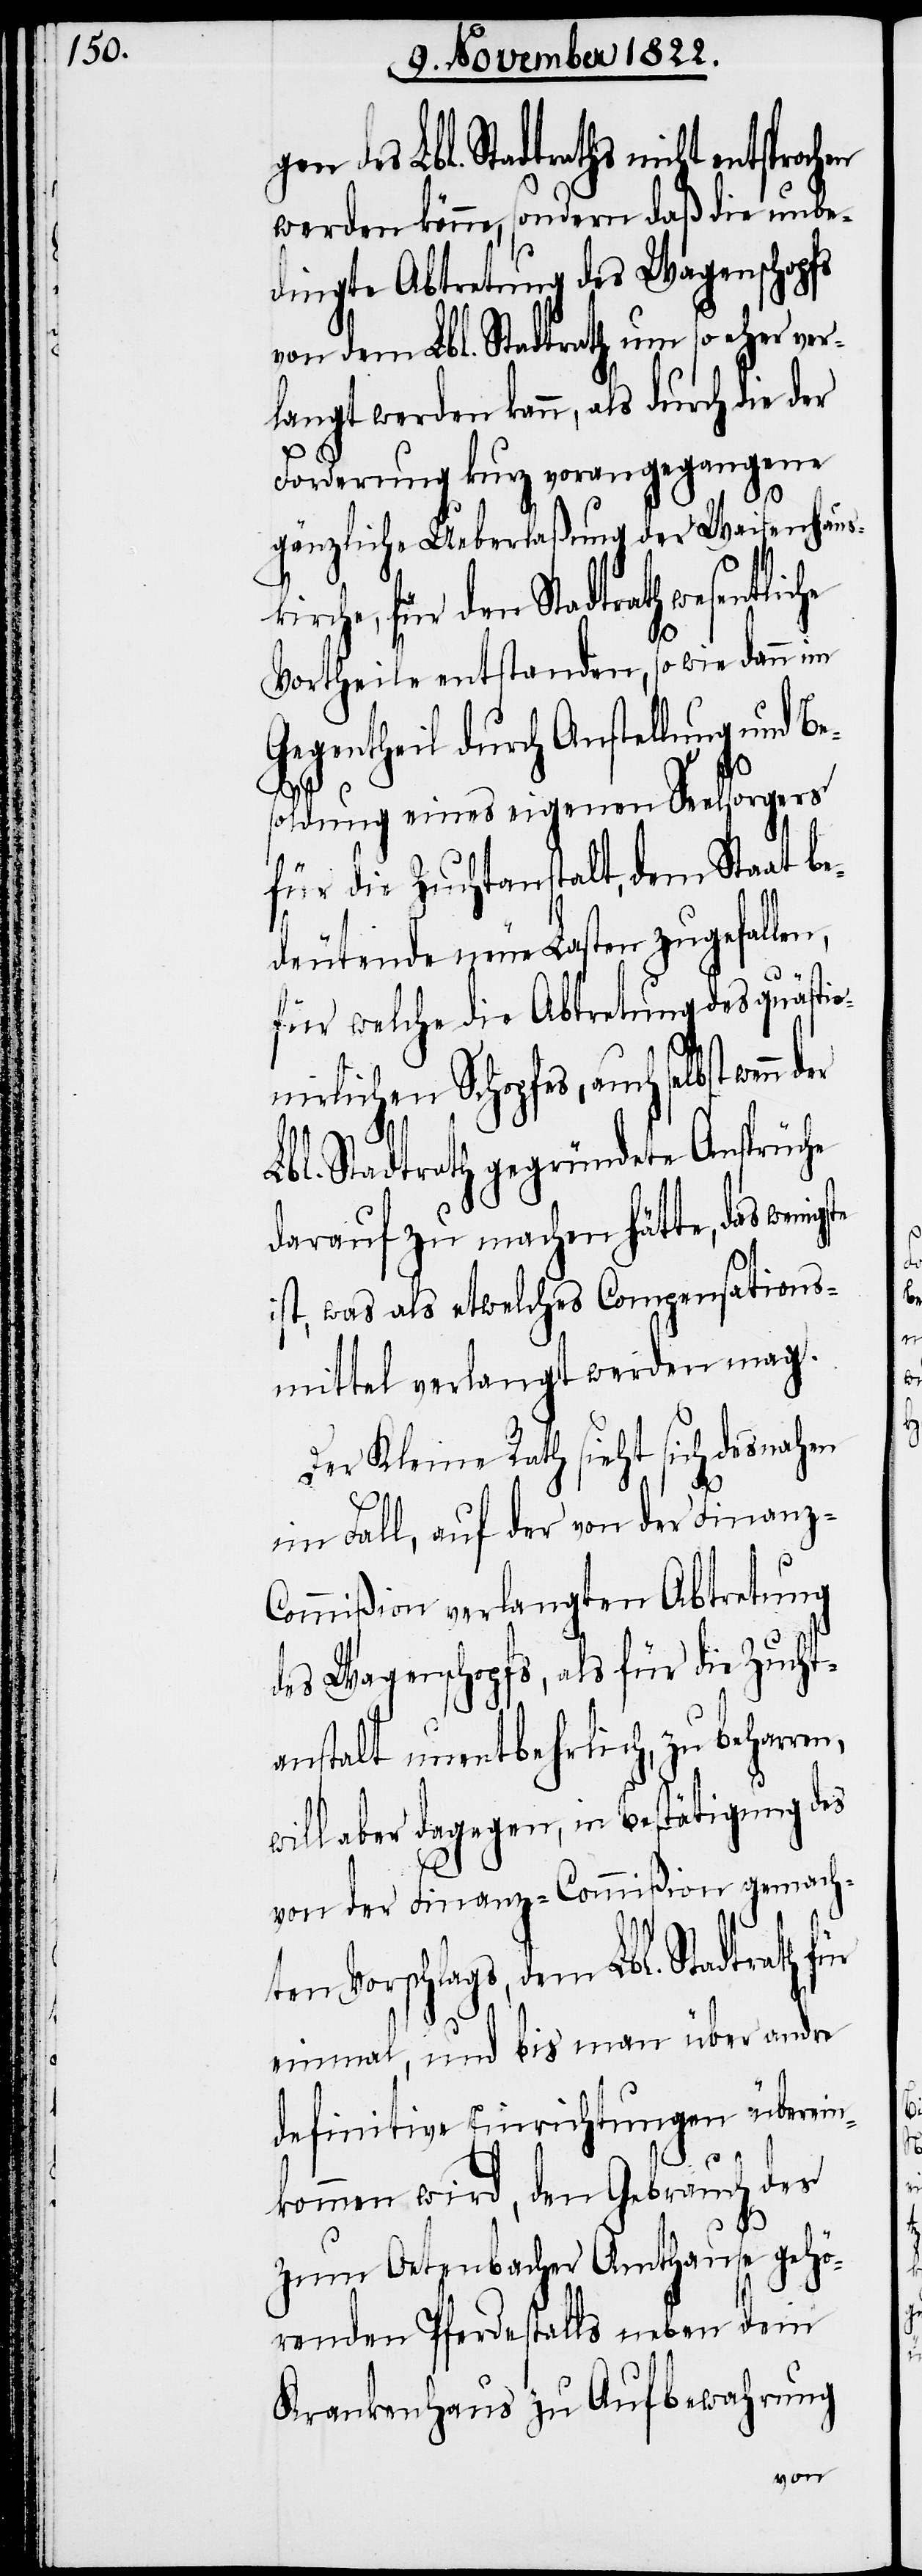
für den Stadtrath wesentliche
werden könne, sondern daß die unbe¬
dingte Abtretung des Wagenschopfs
von dem Lbl. Stadtrath um so eher ver¬
langt werden kann, als durch die der
Forderung kurz vorangegangene
gänzliche Ueberlaßung der Waisenhaus¬
Vortheile entstanden, so wie dann im
Gegentheil durch Anstellung und Be¬
soldung eines eigenen Seelsorgers
für die Zuchtanstalt, dem Staat be¬
deutende neue Lasten zugefallen,
für welche die Abtretung des quästio¬
nirlichen Schopfes, auch selbst w¬
der
Lbl. Stadtrath gegründete Ansprüche
darauf zu machen hätte, das wenig¬
ist, was als etwelches Compensations¬
mittel verlangt werden mag.
Der Kleine Rath sieht sich desnahen
im Fall, auf der von der Finanz-C¬
ommißion verlangten Abtretung
des Wagenschopfs, als für die Zucht¬
anstalt unentbehrlich, zu beharren,
will aber dagegen, in Bestätigung des
von der Finanz-Commißion gemach¬
ten Vorschlags, dem Lbl. Stadtrath für
einmal, und bis man über andres
definitive Einrichtungen überein¬
ste
kommen wird, den Gebrauch des
zum Oetenbacher Amthause gehö¬
renden Pferdestalls neben dem
Krankenhaus zu Aufbewahung